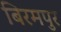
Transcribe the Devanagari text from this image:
बिरमपुर